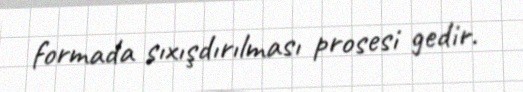
formada sıxışdırılması prosesi gedir.